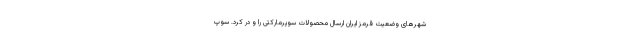
شهرهای وضعیت قرمز ایران ارسال محصولات سوپرمارکتی را و در کرد. سوپ